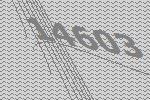
14603